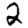
Digit: 2